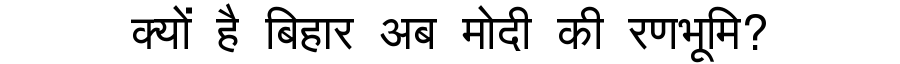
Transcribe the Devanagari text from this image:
क्यों है बिहार अब मोदी की रणभूमि?